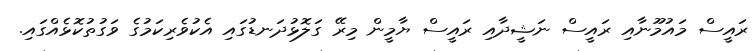
ރައީސް މައުމޫނާއި ރައީސް ނަޝީދާއި ރައީސް ޔާމީން މިރޭ ގަލޮޅުދަނޑުގައި އެކުވެރިކަމުގެ ވަގުތުކޮޅެއްގައި.